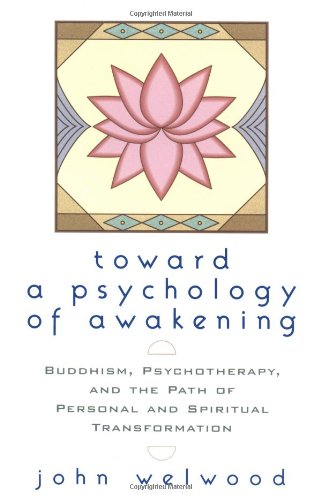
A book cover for Toward a Psychology of Awakening: Buddhism, Psychotherapy, and the Path of Personal and Spiritual Transformation; John Welwood; Health, Fitness & Dieting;